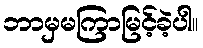
ဘာမှမကြာမြင့်ခဲ့ပါ။